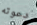
دعوته